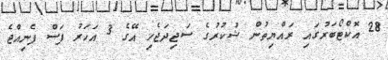
28 އޮކްޓޯބަރުގައި ރައްޔިތުން ޝުކުރުގެ ސަޖިދަޖެހި އޭގެ 3 އަހަރު ފަސް ފެނިއްޖެ